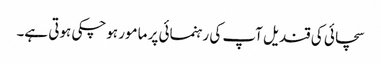
سچائی کی قندیل آپ کی رہنمائی پر مامور ہوچکی ہوتی ہے۔